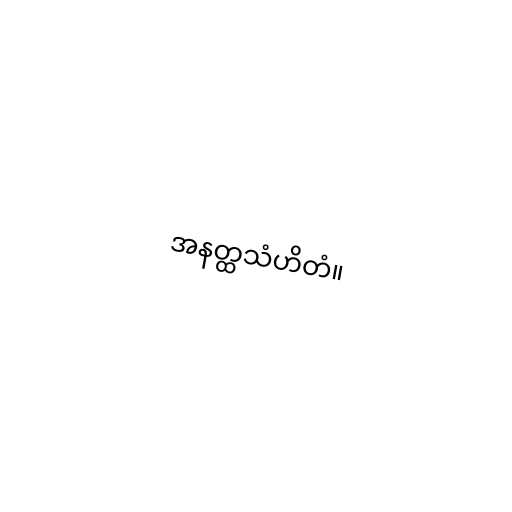
အနတ္ထသံဟိတံ။